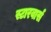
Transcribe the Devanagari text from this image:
स्टारवार्स